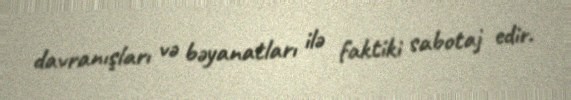
davranışları və bəyanatları ilə faktiki sabotaj edir.